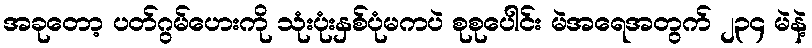
အခုတော့ ပတ်ဂွမ်ဟေးကို သုံးပုံးနှစ်ပုံမကပဲ စုစုပေါင်း မဲအရေအတွက် ၂၃၄ မဲနဲ့